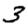
Digit: 3